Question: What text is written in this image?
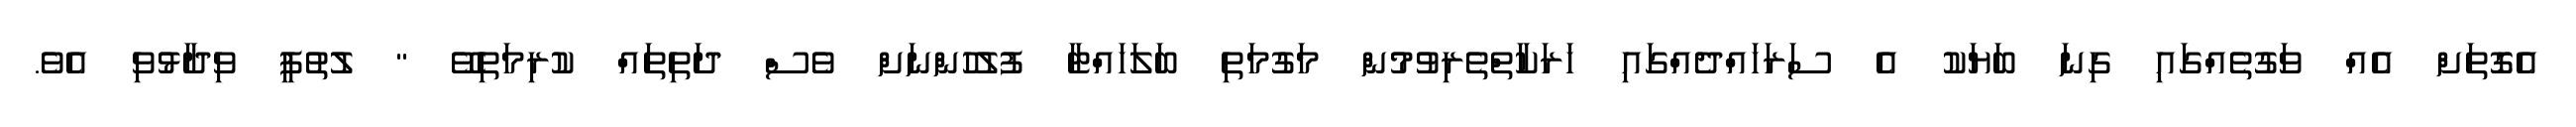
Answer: އެގޮތަށް އެއް ވަގުތެއްގައި ގިނަ ބަޔަކު އެ ސަރަހައްދެއްގައި ހަރަކާތްތެރިވުމުން މަގުމަތި ބަލަހައްޓާ ފުލުހުންނަށް ވެސް ދަތިތައް ކުރިމަތިވޭ " ލުތުފީ ވިދާޅުވި އެވެ.